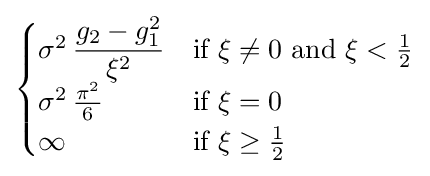
{\begin{cases}\sigma ^{2}\,{\dfrac {g_{2}-g_{1}^{2}}{\xi ^{2}}}&{\text{if }}\xi \neq 0{\text{ and }}\xi <{\tfrac {1}{2}}\\\sigma ^{2}\,{\frac {\pi ^{2}}{6}}&{\text{if }}\xi =0\\\infty &{\text{if }}\xi \geq {\tfrac {1}{2}}\end{cases}}